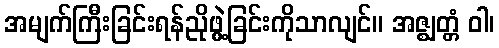
အမျက်ကြီးခြင်းရန်ညိုဖွဲ့ခြင်းကိုသာလျင်။ အဇ္ဈတ္တံ ဝါ၊